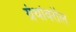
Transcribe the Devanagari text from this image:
ग्रंथांवरील